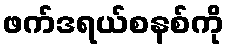
ဖက်ဒရယ်စနစ်ကို